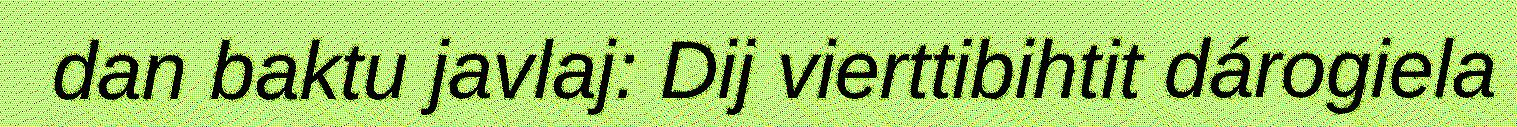
dan baktu javlaj: Dij vierttibihtit dárogiela